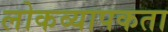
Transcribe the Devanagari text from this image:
लोकव्यापकता